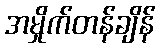
အမှိုက်တန်ချိန်